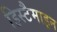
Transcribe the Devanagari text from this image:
हिस्टैमाइन